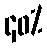
၄၀%